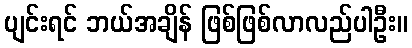
ပျင်းရင် ဘယ်အချိန် ဖြစ်ဖြစ်လာလည်ပါဦး။